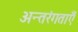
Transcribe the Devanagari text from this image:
अन्तरंगताएँ